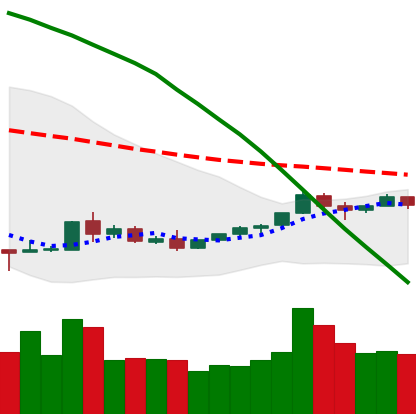
Ticker: TRX-USD
Chart end date: 2018-09-02
Forward return: -19.463%
Label: down_7plus